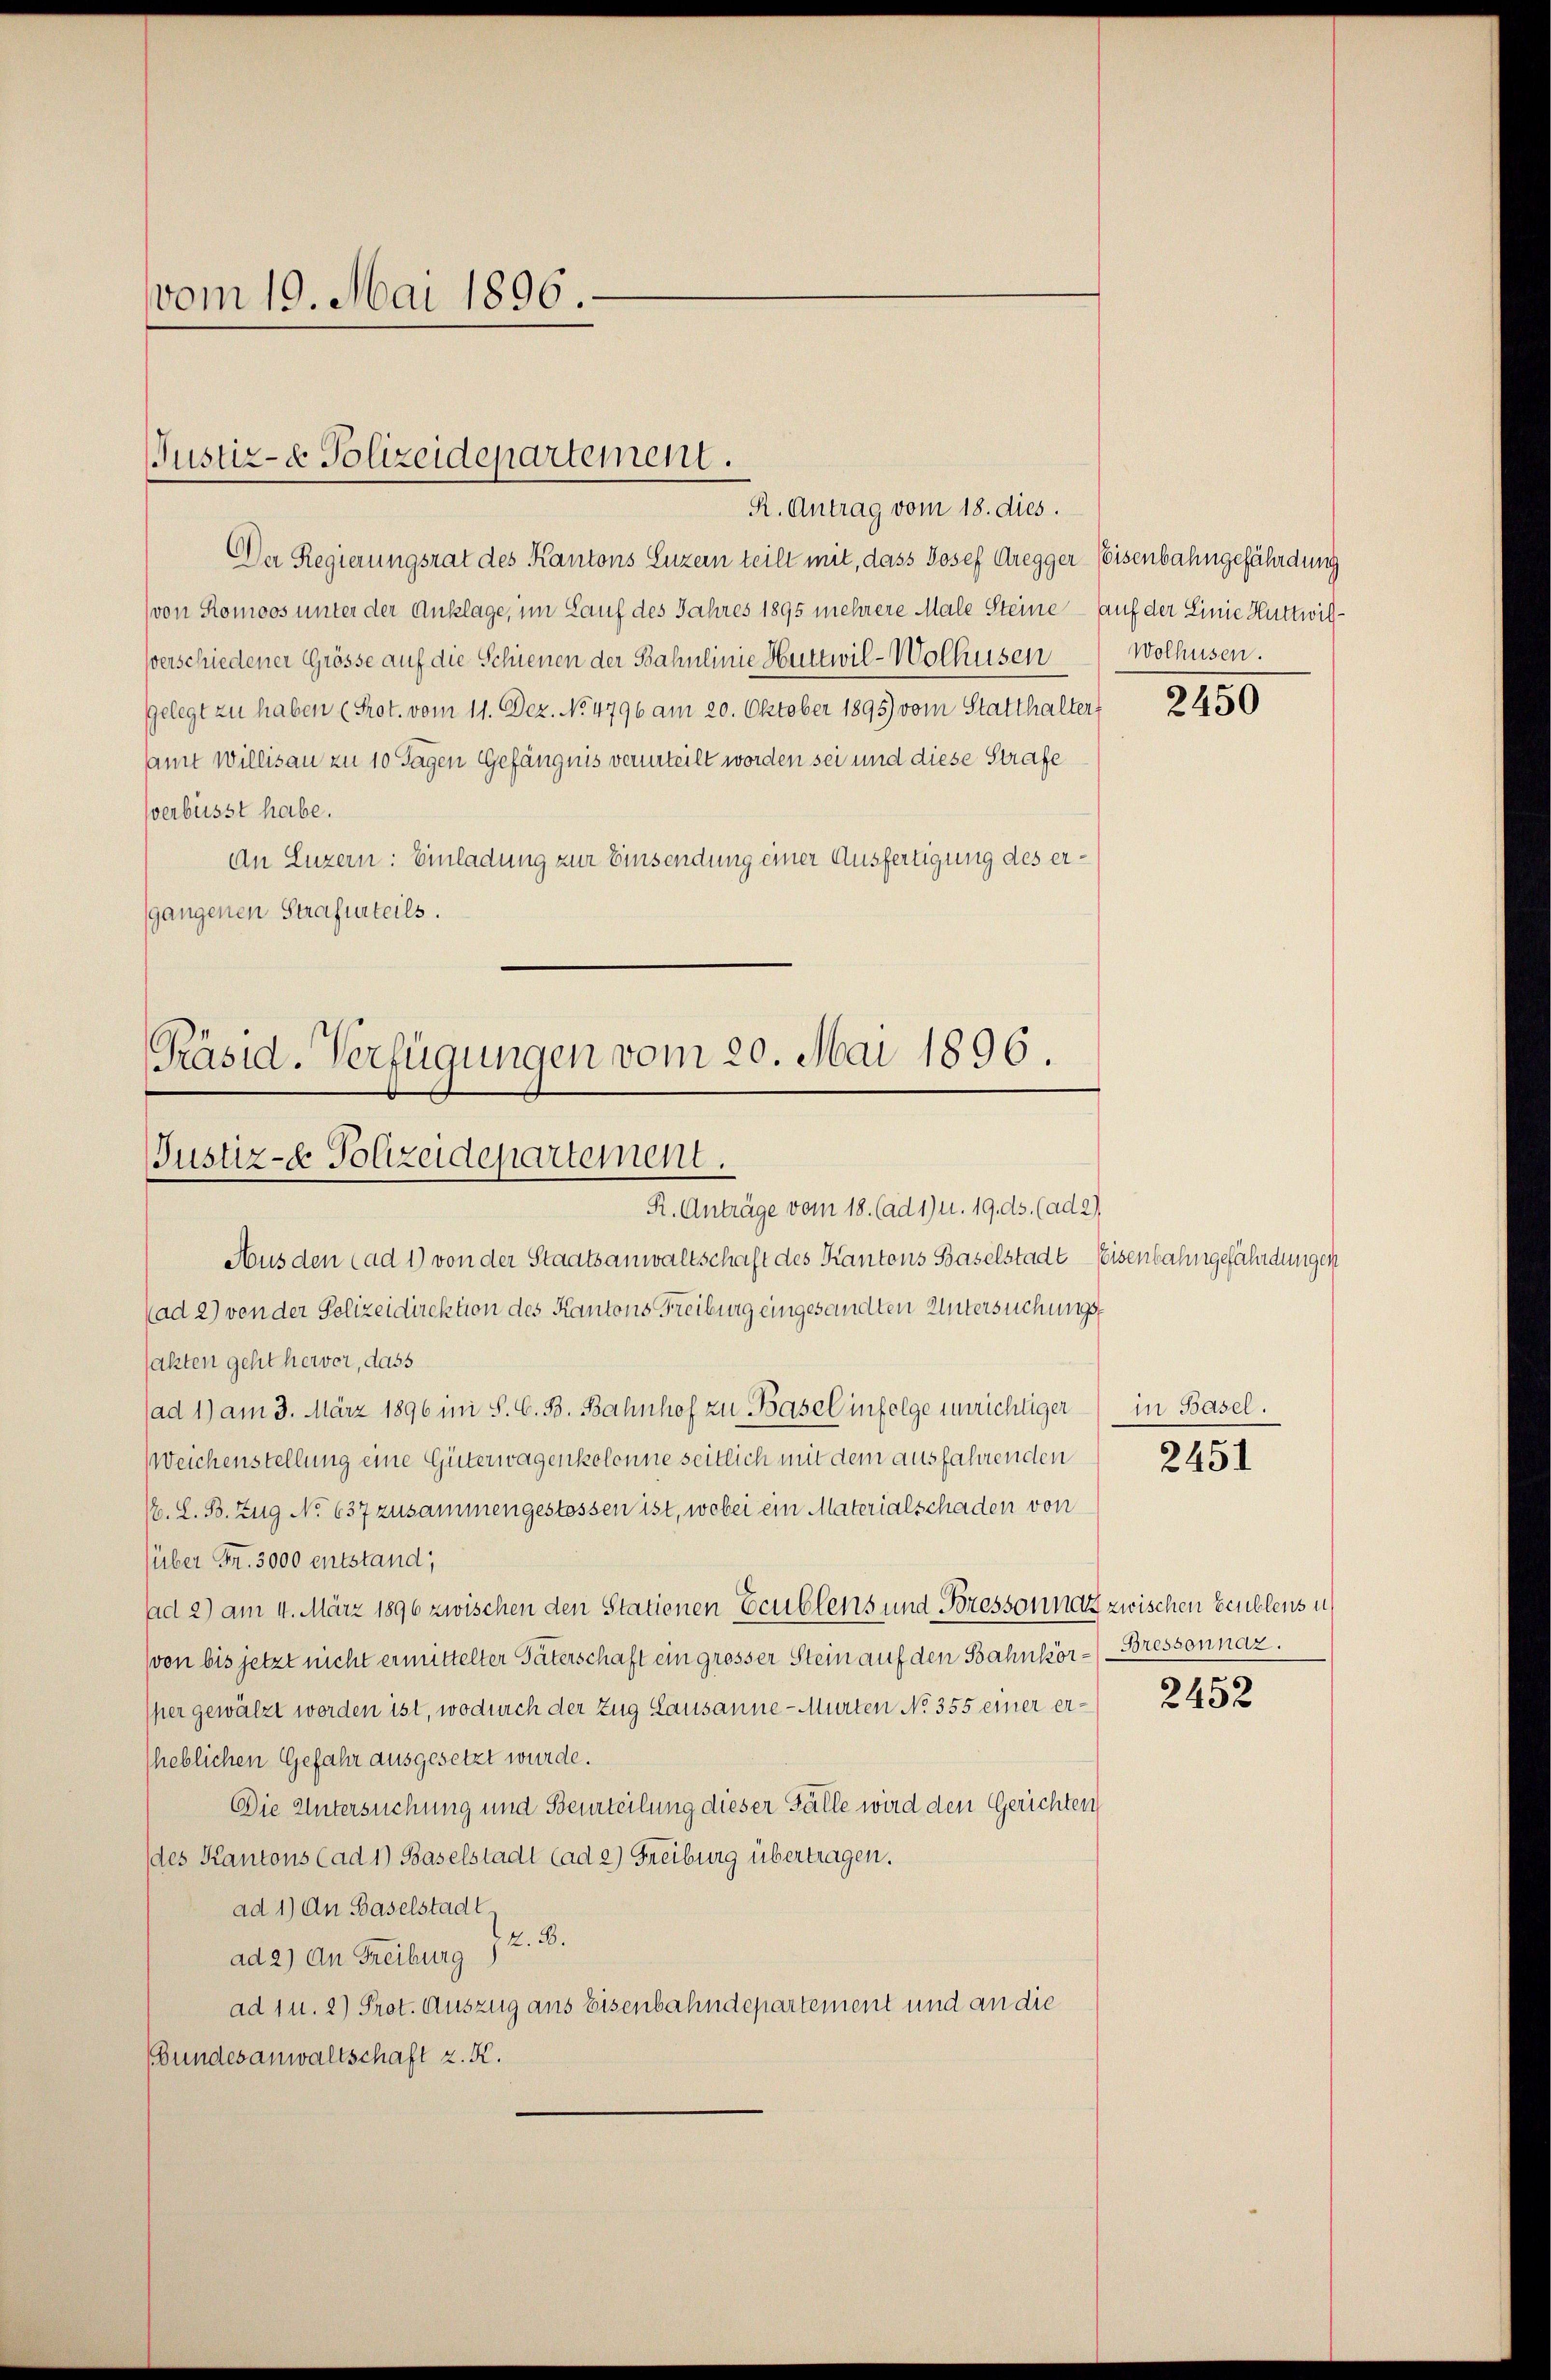
vom 19. Mai 1896.

R. Antrag vom 18. dies.
Der Regierungsrat des Kantons Luzern teilt mit, dass Josef Gregger Eisenbahngefährdung
(von Romoos unter der Anklage, im Lauf des Jahres 1895 mehrere Male Steine – auf der Linie Huttwilverschiedener Grösse auf die Schienen der Bahnlinie Huttwil-Wolhusen
gelegt zu haben (Prot. vom 11. Dez. No. 4796 am 20. Oktober 1895) vom Statthalter,
amt Willisau zu 10 Tagen Gefängnis verurteilt worden sei und diese Strafe
sverbüsst habe.
An Luzern: Einladung zur Einsendung einer Ausfertigung des ersgangenen Strafurteils.

Justiz- & Polizeidepartement.

Präsid. Verfügungen vom 20. Mai 1896.
Justiz- & Polizeidepartement.
R. Anträge vom 18. (ad 1) u. 19. ds. (ad 2)

Wolhusen.

Aus den ad 1) von der Staatsanwaltschaft des Kantons Baselstadt Eisenbahngefährdungen
(ad 2) von der Polizeidirektion des Kantons Freiburg eingesandten Untersuchungssakten geht hervor, dass
(ad 1) am 3. März 1896 in S. C. B. Bahnhof zu Basel infolge unrichtiger in Basel.
Weichenstellung eine Güterwagenkolonne seitlich mit dem ausfahrenden
/. L. B. Zug No 637 zusammengestossen ist, wobei ein Materialschaden von
über Fr. 3000 entstand,
ad 2) am 4. März 1896 zwischen den Stationen Ecublens und Bressonnat zwischen Feublens u
(von bis jetzt nicht ermittelter Paterschaft ein grosser Stein auf den Bahnkör-Bressonnaz.
sher gewälzt worden ist, wodurch der Zug Lausanne - Murten No 355 einer erheblichen Gefahr ausgesetzt wurde.
Die Untersuchung und Beurteilung dieser Fälle wird den Gerichten
des Kantons (ad 1) Baselstadt (ad 2) Freiburg übertragen.
ad 1) An Baselstadt
Z. B.
ad 2) An Freiburg
ad 1 u. 2) Prot. Auszug aus Eisenbahndepartement und an die
(Bundesanwaltschaft z. K.

2450

2451

2452